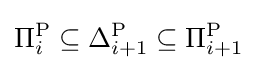
\Pi _{i}^{\mathrm {P} }\subseteq \Delta _{i+1}^{\mathrm {P} }\subseteq \Pi _{i+1}^{\mathrm {P} }